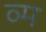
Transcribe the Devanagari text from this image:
व्म